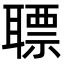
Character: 䏇